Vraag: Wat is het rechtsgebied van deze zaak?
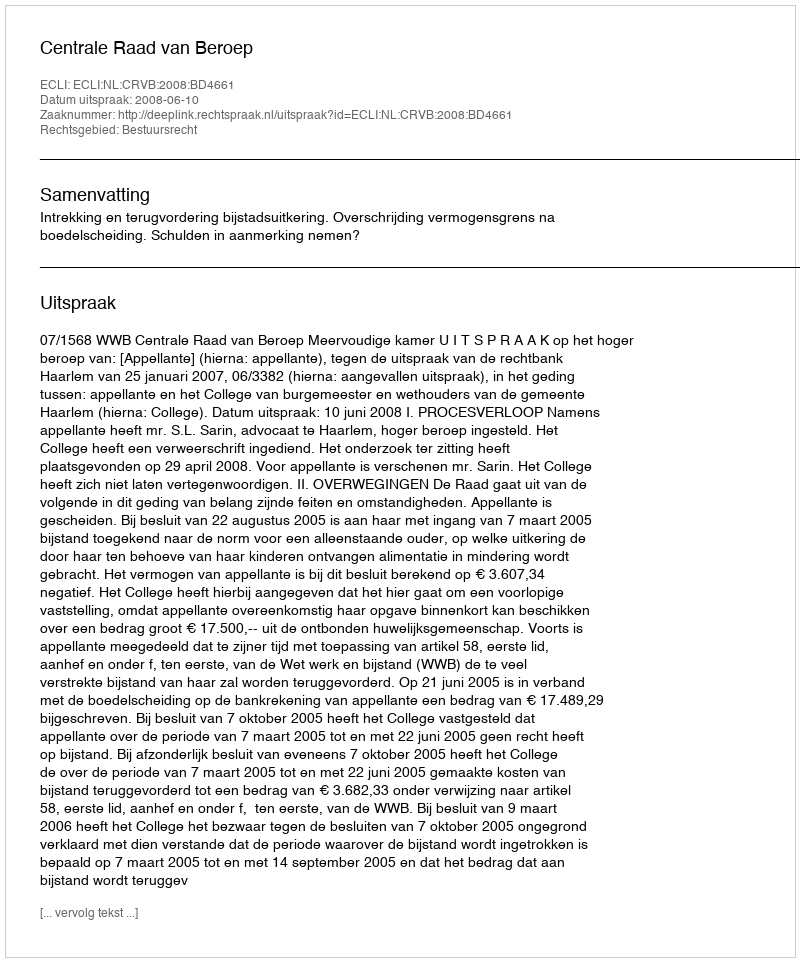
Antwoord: Bestuursrecht